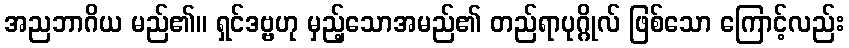
အညဘာဂိယ မည်၏။ ရှင်ဒဗ္ဗဟု မှည့်သောအမည်၏ တည်ရာပုဂ္ဂိုလ် ဖြစ်သော ကြောင့်လည်း